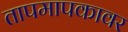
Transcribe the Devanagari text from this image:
तापमापकावर